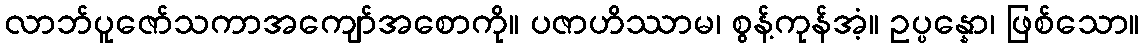
လာဘ်ပူဇော်သကာအကျော်အစောကို။ ပဇာဟိဿာမ၊ စွန့်ကုန်အံ့။ ဥပ္ပန္နော၊ ဖြစ်သော။